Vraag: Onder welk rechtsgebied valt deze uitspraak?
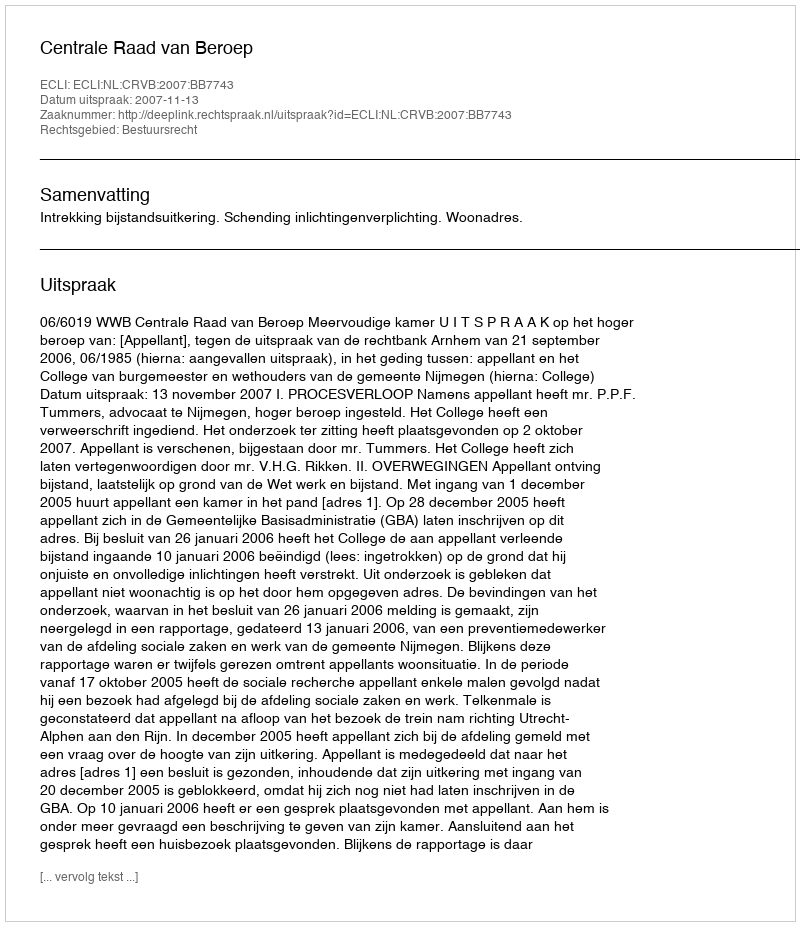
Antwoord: Bestuursrecht